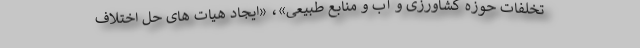
تخلفات حوزه کشاورزی و آب و منابع طبیعی»، «ایجاد هیات های حل اختلاف